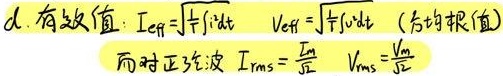
d. 有效值：\(I_{\mathrm{eff}}=\sqrt{\frac{1}{T}\int i^{2}\mathrm{d}t}\quad V_{\mathrm{eff}}=\sqrt{\frac{1}{T}\int v^{2}\mathrm{d}t}\)（方均根值）
而对正弦波 \(I_{\mathrm{rms}}=\frac{I_{\mathrm{m}}}{\sqrt{2}}\quad V_{\mathrm{rms}}=\frac{V_{\mathrm{m}}}{\sqrt{2}}\)